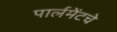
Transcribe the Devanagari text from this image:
पार्लमेंटचे